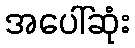
အပေါ်ဆုံး